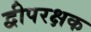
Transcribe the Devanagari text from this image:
द्वीपरक्षक